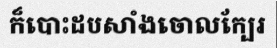
ក៏បោះដបសាំងចោលក្បែរ